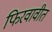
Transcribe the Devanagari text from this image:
फिरवावीत